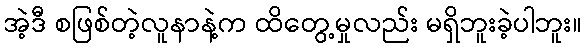
အဲ့ဒီ စဖြစ်တဲ့လူနာနဲ့က ထိတွေ့မှုလည်း မရှိဘူးခဲ့ပါဘူး။